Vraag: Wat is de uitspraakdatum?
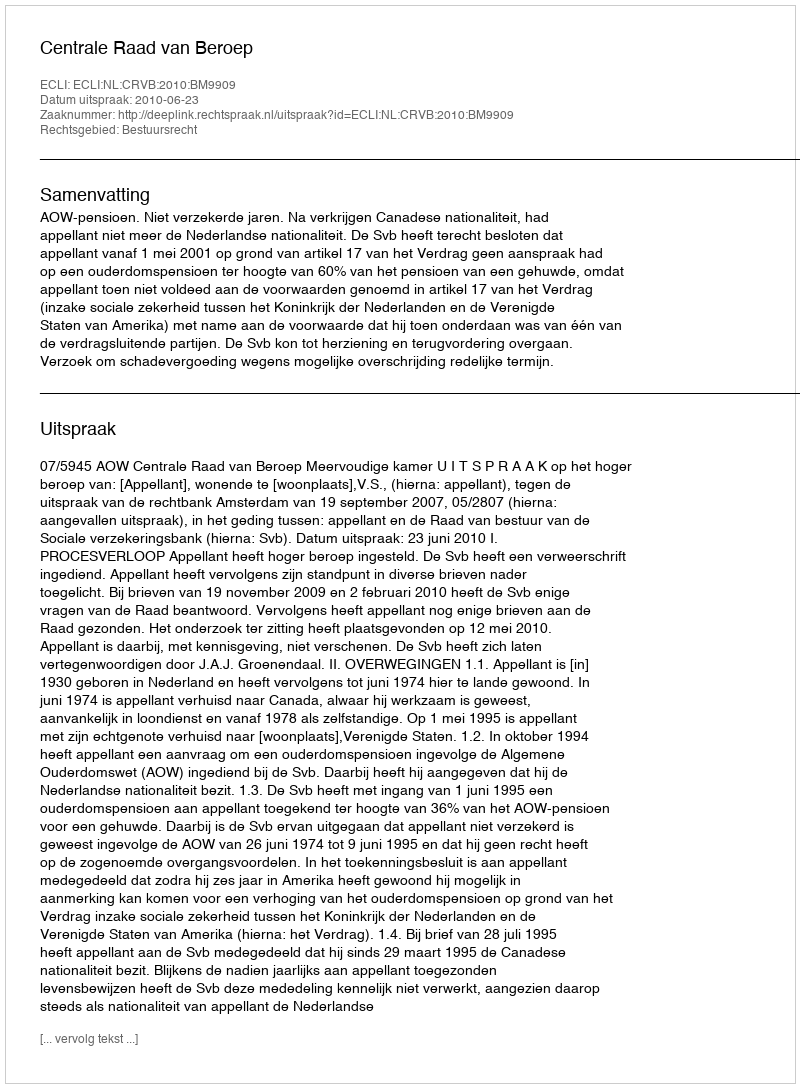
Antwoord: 2010-06-23